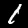
Digit: 1